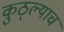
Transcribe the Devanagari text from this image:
कुठ्ल्याच